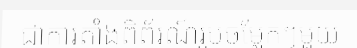
ជាការតាំងពិព័រណ៍រូបចម្លែកៗមួយ